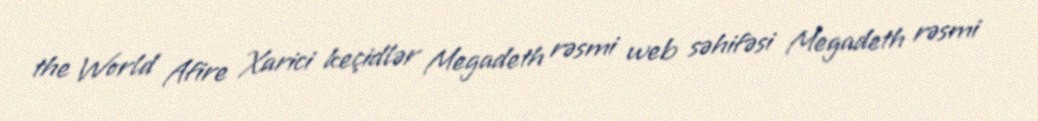
the World Afire Xarici keçidlər Megadeth rəsmi web səhifəsi Megadeth rəsmi